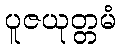
ပူဇယုတ္တမံ